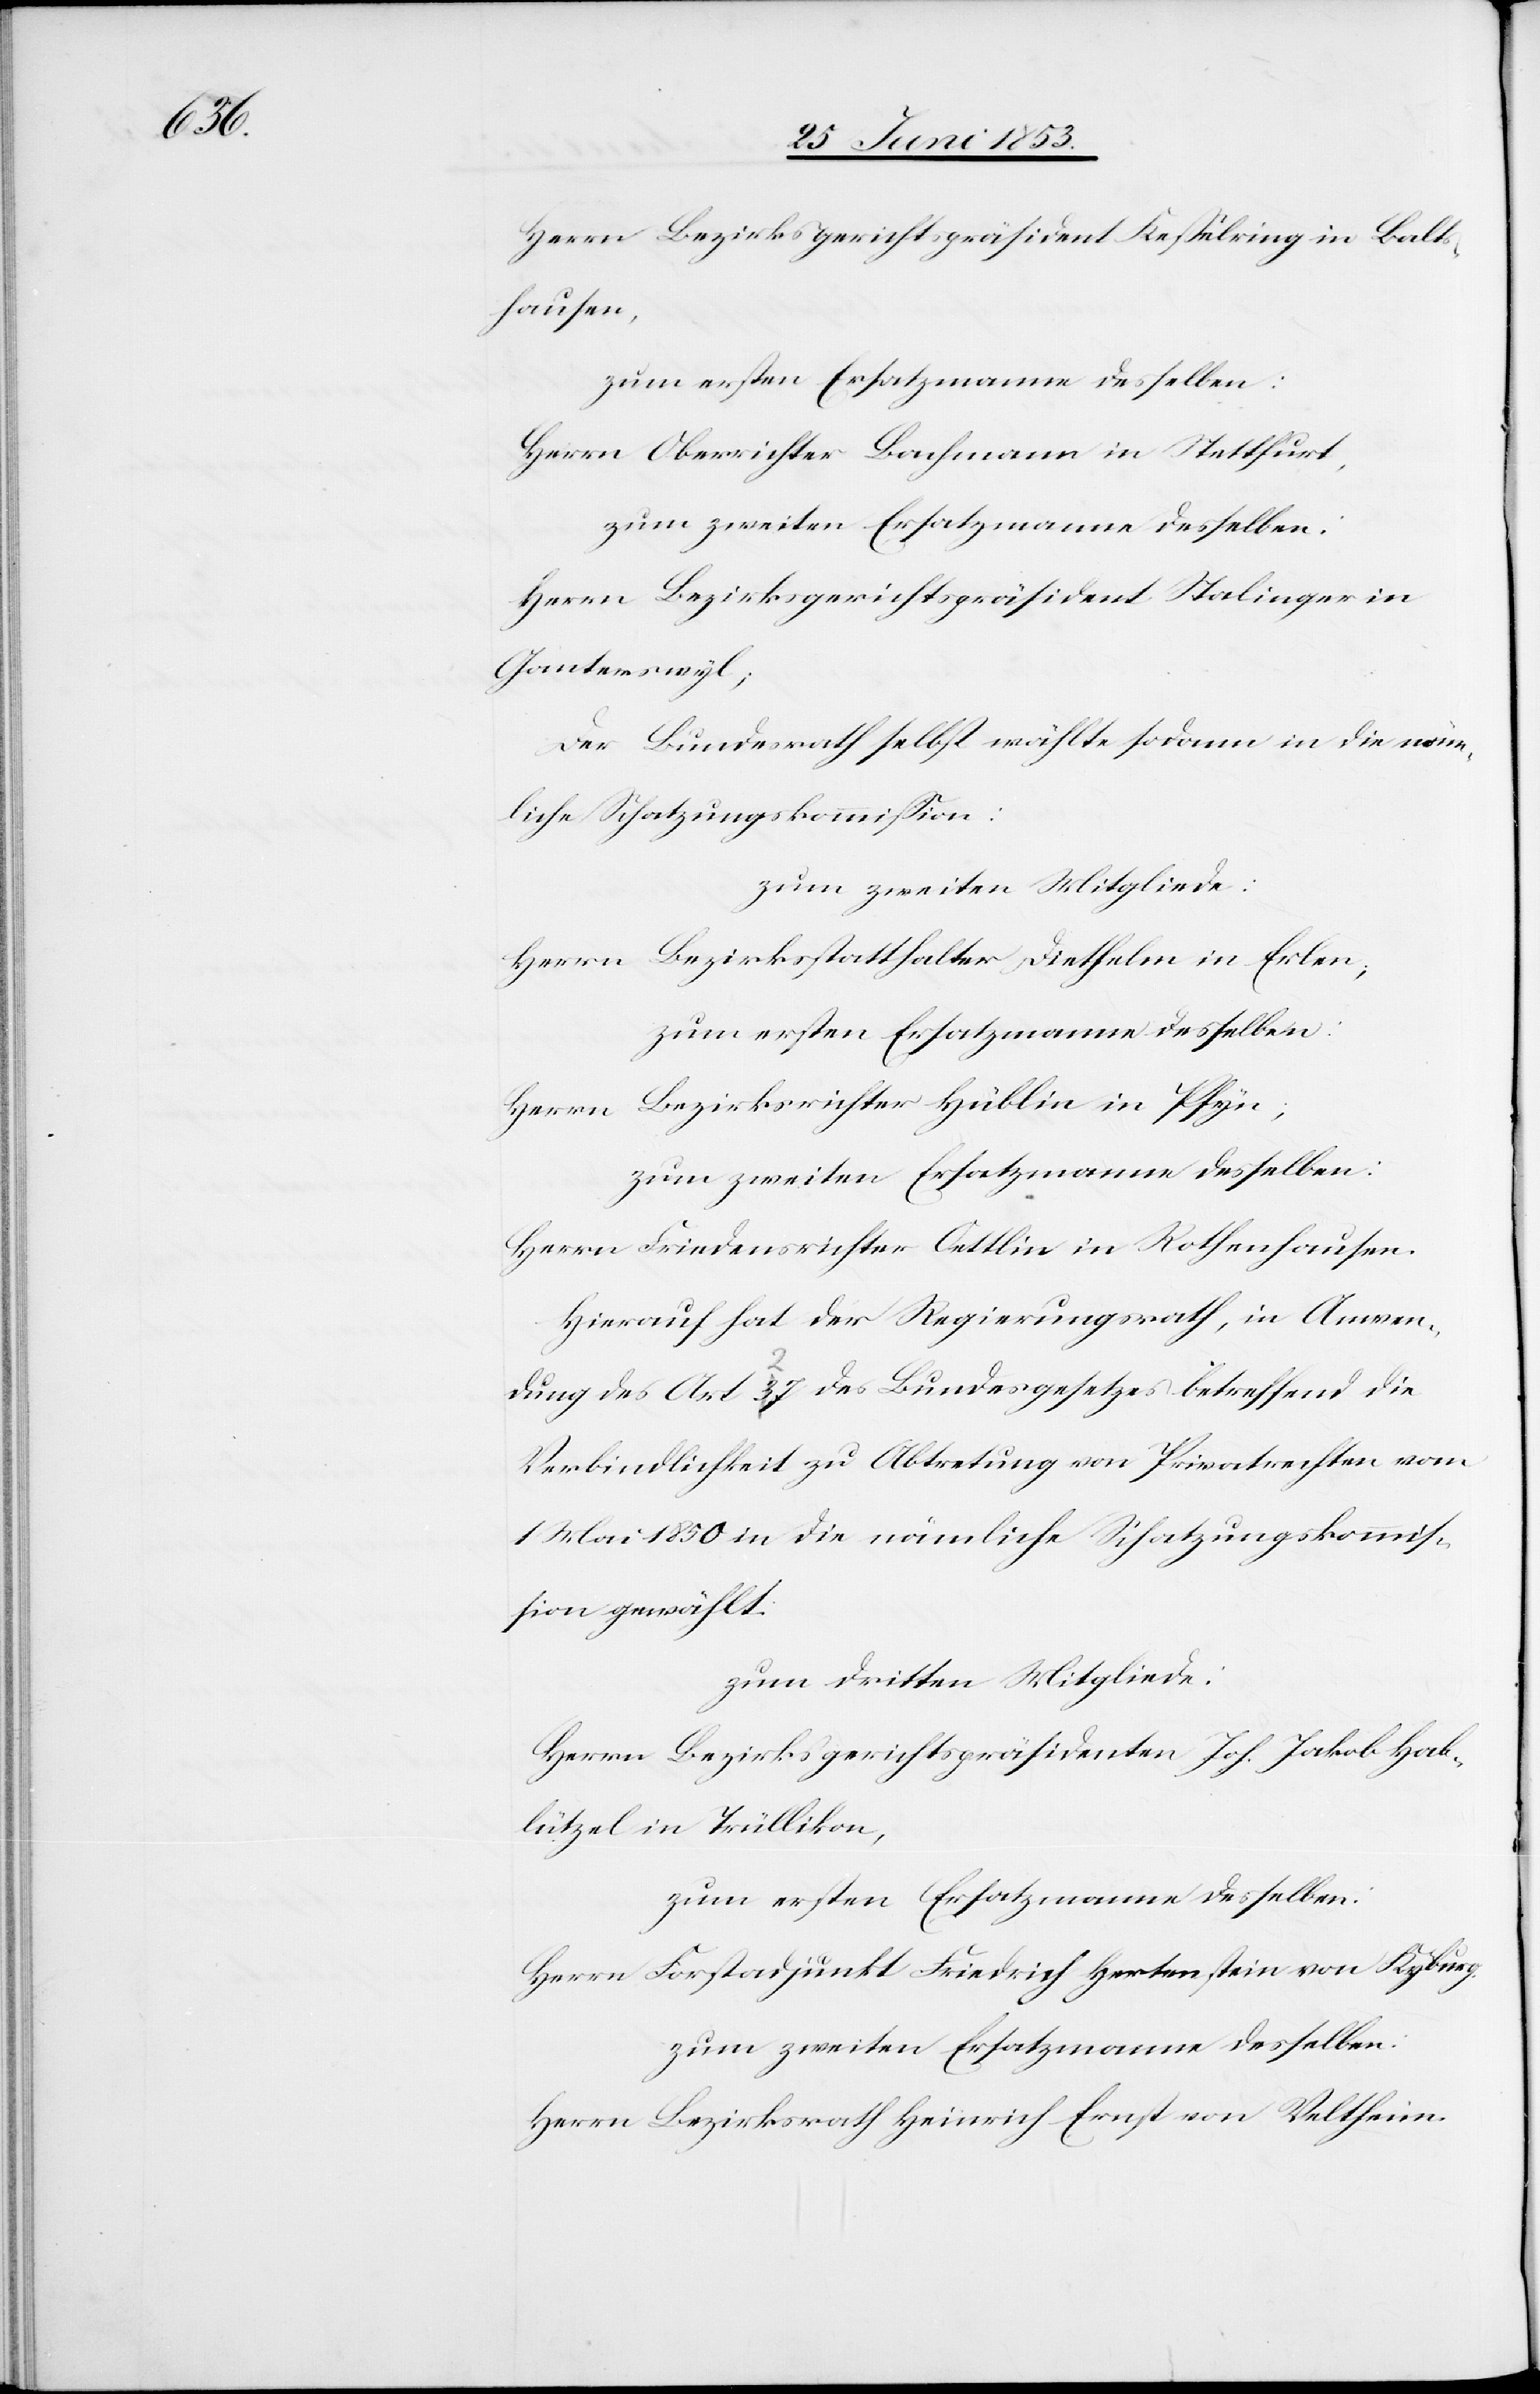
Herrn Bezirksgerichtspräsident Keßelring in Balt¬
shausen,
zum ersten Ersatzmanne desselben:
Herrn Oberrichter Bachmann in Stettfurt,
Herrn Bezirksgerichtspräsident Stalinger in
Ganterswyl;
Der Bundesrath selbst wählte sodann in die näm¬
liche Schatzungskommißion:
zum zweiten Mitgliede:
Herrn Bezirksstatthalter Diethelm in Erlen;
Herrn Bezirksrichter Hüblin in Pfyn;
zum zweiten Ersatzmanne desselben:
Herrn Friedensrichter Oettlin in Rothenhausen.
Hierauf hat der Regierungsrath, in Anwen¬
dung des Art. 27 des Bundesgesetzes betreffend die
Verbindlichkeit zu Abtretung von Privatrechten vom
1 Mai 1850 in die nämliche Schatzungskommiß¬
ion gewählt.
zum dritten Mitgliede:
Herrn Bezirksgerichtspräsident Joh. Jakob Hab¬
lützel in Trüllikon,
zum ersten Ersatzmanne desselben:
Herrn Forstadjunkt Friedrich Hertenstein von Kyburg.
zum zweiten Ersatzmanne desselben:
Herrn Bezirksrath Heinrich Ernst von Veltheim